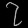
Digit: ၇